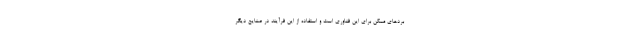
بردهای ممکن برای این فناوری است و استفاده از این فرآیند در صنایع دیگر